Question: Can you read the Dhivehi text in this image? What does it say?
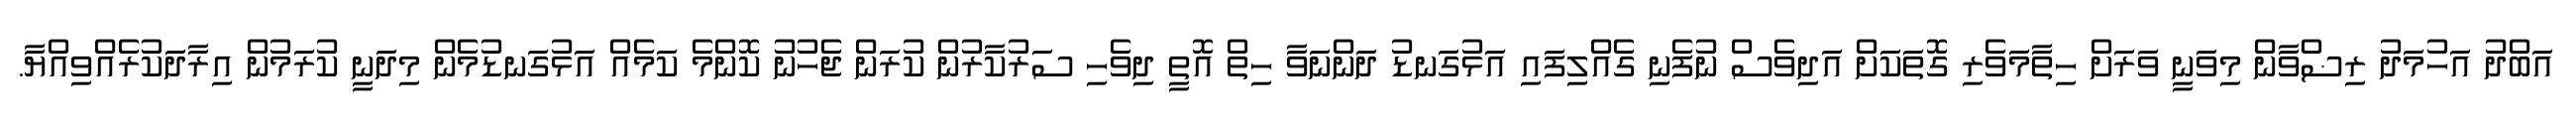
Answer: އަބްދު އަހުމަދު ރިޟްވާން މިވަނީ ވަރަށް ހިތާމަވެރި ގޮތަކަށް އަދިވެސް ނުފެނި ގެއްލިފައި އަޅުގަނޑު ދަންނަވާ ހިތް އޮތީ ދިވެހި ސަރުކާރުން ކުރަން ޖެހުނު ކޮންމެ ކަމެއް އަޅުގަނޑުމެން މިދަނީ ކުރަމުން އިރާދަކުރެއްވިއްޔާ.